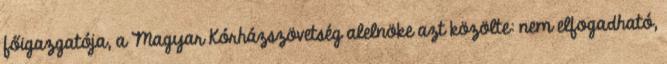
főigazgatója, a Magyar Kórházszövetség alelnöke azt közölte: nem elfogadható,